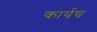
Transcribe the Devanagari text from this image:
कार्यच